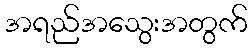
အရည်အသွေးအတွက်